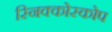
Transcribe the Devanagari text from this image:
स्निक्कोस्कोप